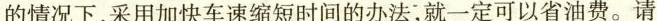
的情况下，采用加快车速缩短时间的办法，就一定可以省油费。请